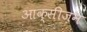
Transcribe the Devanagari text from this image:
आक्सीज़न